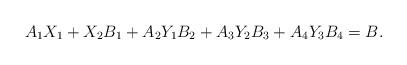
LaTeX: \begin{align*}\begin{aligned}A_{1}X_{1}+X_{2}B_{1}+A_{2}Y_{1}B_{2}+A_{3}Y_{2}B_{3}+A_{4}Y_{3}B_{4}=B.\end{aligned}\end{align*}